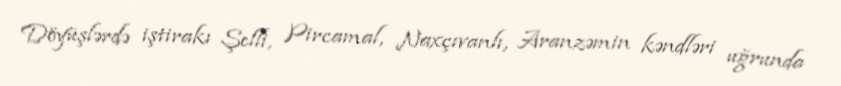
Döyüşlərdə iştirakı Şelli, Pircamal, Naxçıvanlı, Aranzəmin kəndləri uğrunda